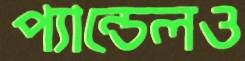
প্যান্ডেলও